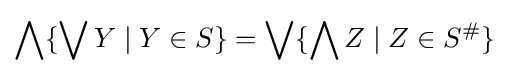
{\begin{aligned}\bigwedge \{\bigvee Y\mid Y\in S\}=\bigvee \{\bigwedge Z\mid Z\in S^{\#}\}\end{aligned}}